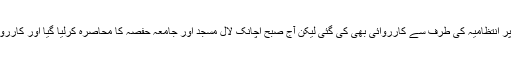
طلبہ نے ایسے کئی معاملات کی نشاندہی کی جن پر انتظامیہ کی طرف سے کارروائی بھی کی گئی لیکن آج صبح اچانک لال مسجد اور جامعہ حفصہ کا محاصرہ کرلیا گیا اور کارروائی شروع کردی گئی جو سمجھ سے بالا تر ہے ۔